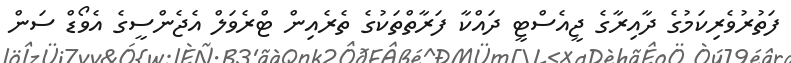
ފަތުރުވެރިކަމުގެ ދާއިރާގެ ޖީއެސްޓީ ދައްކާ ފަރާތްތަކުގެ ތެރެއިން ޓްރެވަލް އެޖެންސީގެ އެވޯޑް ސަން